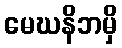
မေဃနိဘမှိ